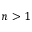
n > 1